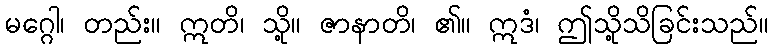
မဂ္ဂေါ၊ တည်း။ ဣတိ၊ သို့။ ဇာနာတိ၊ ၏။ ဣဒံ၊ ဤသို့သိခြင်းသည်။